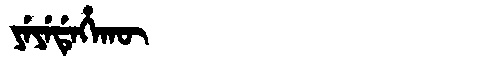
Manchu: ᠶᡝᠶᡝᡩᡝᡥᠠᡴᡡ
Romanization: YEYEDEHAKŪ